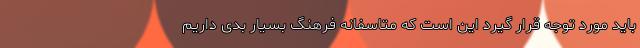
باید مورد توجه قرار گیرد این است که متاسفانه فرهنگ بسیار بدی داریم